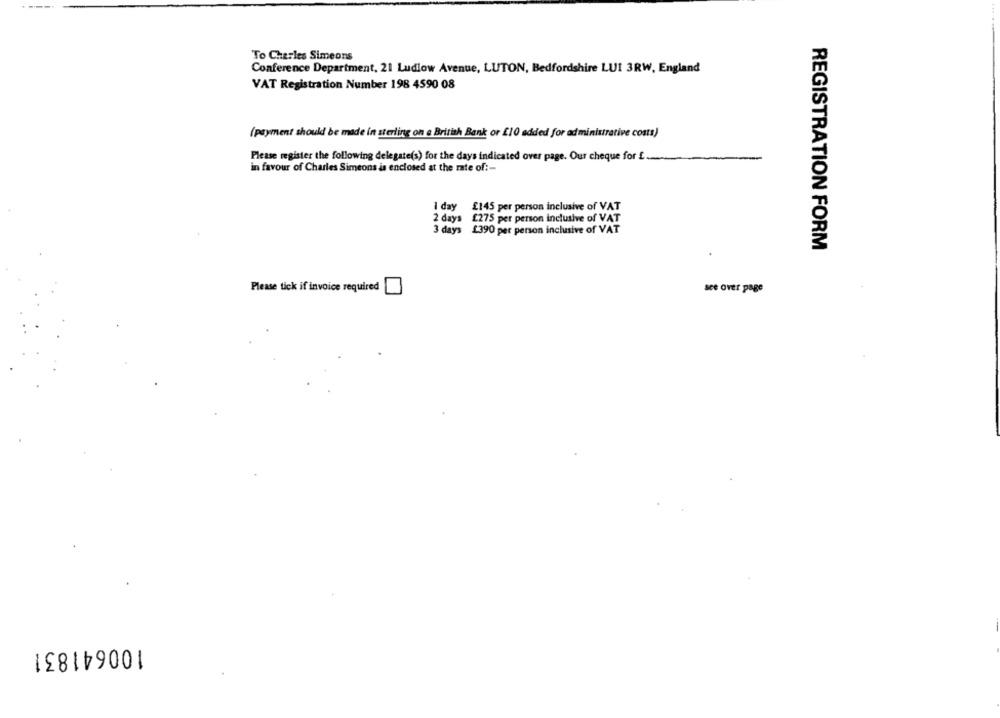
To Charles Simeons
Conference Department, 21 Ludlow Avenue, LUTON, Bedfordshire LUI 3RW, England
VAT Registration Number 198 4590 08
(payment should be made in sterling on a British Bank or £10 added for administrative costs)
Please register the following delegate(s) for the days indicated over page. Our cheque for [ ......
in favour of Charles Simeons is enclosed at the rate of :-
I day £145 per person inclusive of VAT
2 days £275 per person inclusive of VAT
3 days 1390 per person inclusive of VAT
REGISTRATION FORM
Please tick if invoice required
see over page
100641831